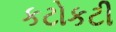
કટોકટી